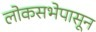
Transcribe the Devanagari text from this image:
लोकसभेपासून